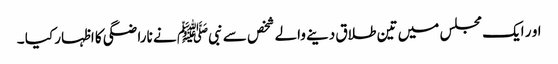
او ر ایک مجلس میں تین طلاق دینے والے شخص سے نبیﷺ نے ناراضگی کا اظہار کیا ۔